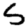
Digit: 5